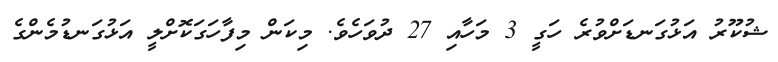
ޝުކޫރު އަޅުގަނޑަށްވުރެ ހަގީ 3 މަހާއި 27 ދުވަހެވެ. މިކަން މިފާހަގަކޮށްލީ އަޅުގަނޑުމެންގެ